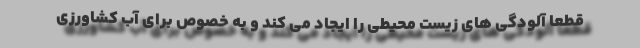
قطعا آلودگی های زیست محیطی را ایجاد می کند و به خصوص برای آب کشاورزی